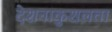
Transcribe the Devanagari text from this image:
देशनाकुशलता